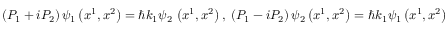
\left( P _ { 1 } + i P _ { 2 } \right) \psi _ { 1 } \left( x ^ { 1 } , x ^ { 2 } \right) = \hbar k _ { 1 } \psi _ { 2 } \, \left( x ^ { 1 } , x ^ { 2 } \right) , \; \left( P _ { 1 } - i P _ { 2 } \right) \psi _ { 2 } \left( x ^ { 1 } , x ^ { 2 } \right) = \hbar k _ { 1 } \psi _ { 1 } \left( x ^ { 1 } , x ^ { 2 } \right) \, .